Scottish Leaving Certificate Examination, 1961
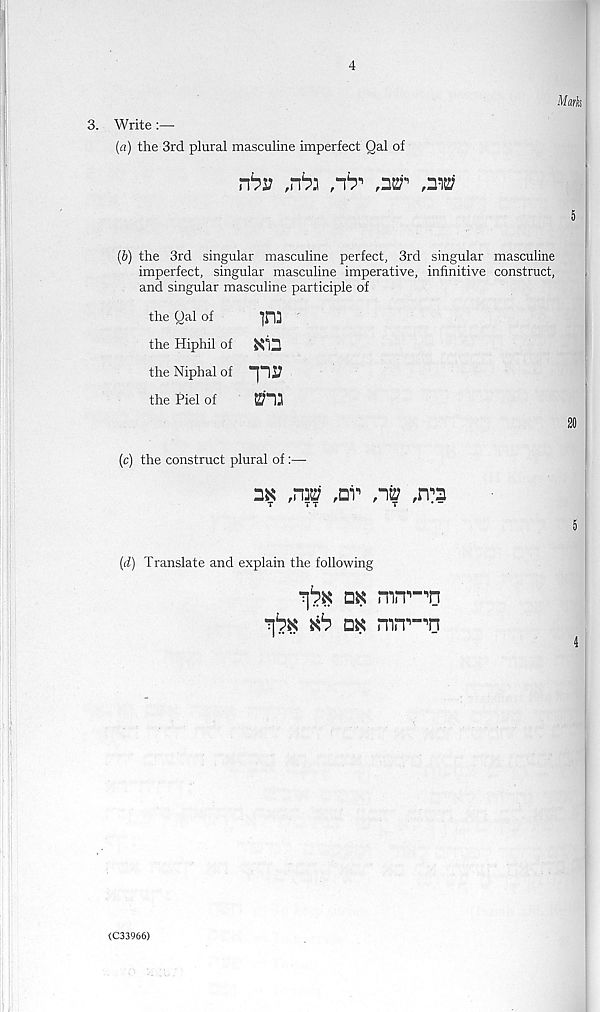
4
3. Write
(a) the 3rd plural masculine imperfect Qal of
Mark
r6s? ,r63
,2®' ,212;
5
(6) the 3rd singular masculine perfect, 3rd singular masculine
imperfect, singular masculine imperative, infinitive construct,
and singular masculine participle of
the Qal of
in]
the Hiphil of Kin
the Niphal of
the Piel of
20
(c) the construct plural of:—
3K
,nv ,-12;
T'TT
r y r .-
(d) Translate and explain the following
-fix *6 dk mn^-^n
5
4
(C33966)